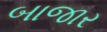
બાજાર